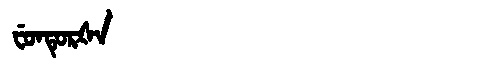
Manchu: ᠸᡠᠨᡨᡠᡵᡧᠠ
Romanization: FUNTURŠA